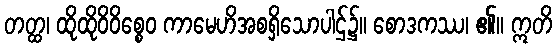
တတ္ထ၊ ထိုထိုဝိဝိစ္စေဝ ကာမေဟိအစရှိသောပါဌ်၌။ စောဒကဿ၊ ၏။ ဣတိ